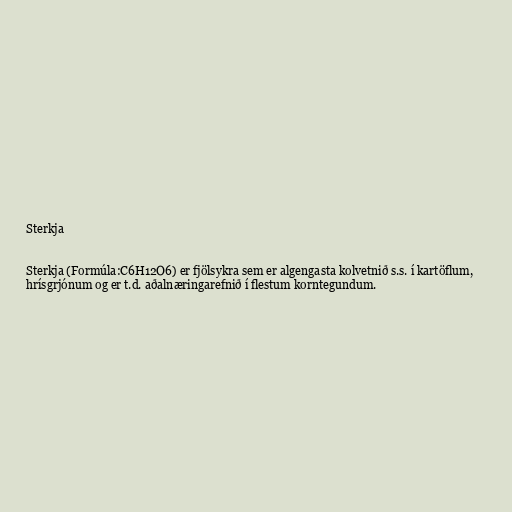
Sterkja

Sterkja (Formúla:C6H12O6) er fjölsykra sem er algengasta kolvetnið s.s. í kartöflum,
hrísgrjónum og er t.d. aðalnæringarefnið í flestum korntegundum.